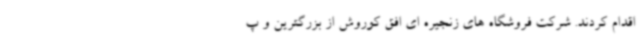
اقدام کردند. شرکت فروشگاه های زنجیره ای افق کوروش از بزرگترین و پ